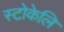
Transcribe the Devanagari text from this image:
स्टोकेलि